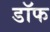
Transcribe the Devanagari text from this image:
डॉफ